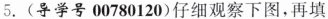
5.(导学号00780120)仔细观察下图，再填